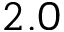
2 . 0